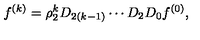
f ^ { ( k ) } = \rho _ { 2 } ^ { k } D _ { 2 ( k - 1 ) } \cdots D _ { 2 } D _ { 0 } f ^ { ( 0 ) } ,